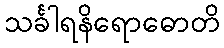
သင်္ခါရနိရောဓောတိ